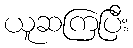
ယူဆကြပြီး